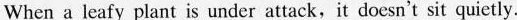
When a leafy plant is under attack,it doesn't sit quietly.